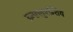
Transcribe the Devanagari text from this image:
इन्फ़्लुएन्शिय